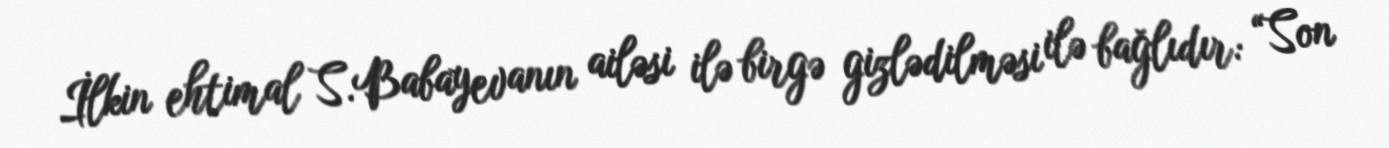
İlkin ehtimal S.Babayevanın ailəsi ilə birgə gizlədilməsi ilə bağlıdır: “Son